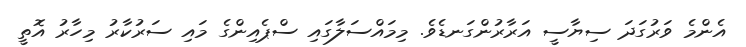
އެންމެ ވަރުގަދަ ސިޔާސީ އަރާރުންގަނޑެވެ. މިމައްސަލާގައި ސްޕެއިންގެ މައި ސަރުކާރު މިހާރު އޮތީ